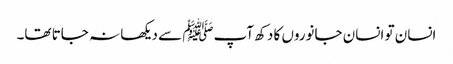
انسان تو انسان جانوروں کا دکھ آپﷺ سے دیکھا نہ جاتا تھا۔